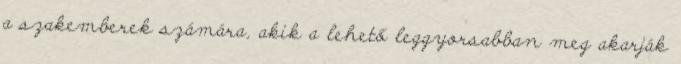
a szakemberek számára, akik a lehető leggyorsabban meg akarják